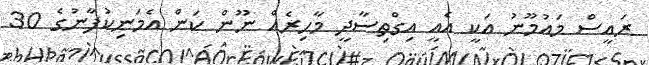
ރައީސް މައުމޫނު އަކީ އެއީ އިގްތިސާދީ މާހިރެއް ނޫން ކަން އެމަނިކުފާނުގެ 30